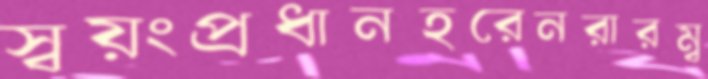
স্বয়ংপ্রধানহরেনরারম্ব